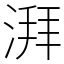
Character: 湃